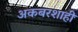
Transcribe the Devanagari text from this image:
अकबरशाही